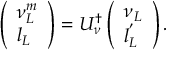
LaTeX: \left( \begin{array} { l } { { \nu _ { L } ^ { m } } } \\ { { l _ { L } } } \end{array} \right) = U _ { \nu } ^ { \dagger } \left( \begin{array} { l } { { \nu _ { L } } } \\ { { l _ { L } ^ { ^ { \prime } } } } \end{array} \right) .